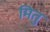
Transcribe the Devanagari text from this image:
मितु